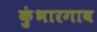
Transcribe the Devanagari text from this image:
कुंभारगाव